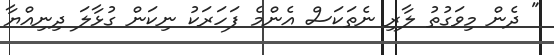
" ދެން މިވަގުތު ލާރި ނެތަކަސް އެންމެ ފަހަރަކު ނިކަން ގުޅާލަ ދިނިއްޔާ